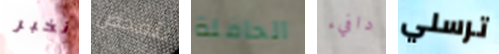
نخبر لتفحص الحافلة دافيء ترسلي